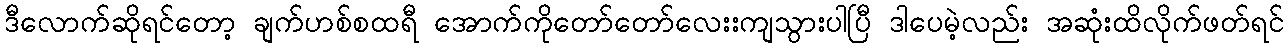
ဒီလောက်ဆိုရင်တော့ ချက်ဟစ်စထရီ အောက်ကိုတော်တော်လေးးကျသွားပါပြီ ဒါပေမဲ့လည်း အဆုံးထိလိုက်ဖတ်ရင်